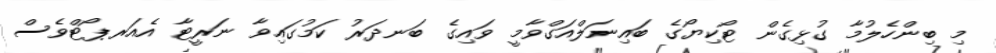
މި ބިންހެލުމާ ގުޅިގެން ޓޯކިޔޯގެ ބައިނަލްއަގްވާމީ ވައިގެ ބަނދަރު ކަމުގައިވާ ނަރީޓާ އެއަރޕޯޓްވެސް